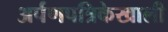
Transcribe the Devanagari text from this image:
अर्पणपत्रिकेखाली